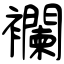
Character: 襴